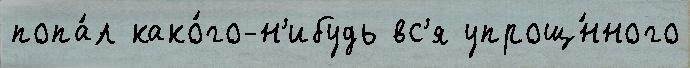
попа́л како́го-н'ибудь вс'я упрощ́нного